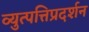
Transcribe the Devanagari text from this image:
व्युत्पत्तिप्रदर्शन